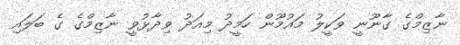
ނާޒިމްގެ ގާނޫނީ ވަކީލު މައުމޫން ހަމީދު މިއަދު ވިދާޅުވީ ނާޒިމްގެ ގެ ބަލައި